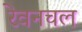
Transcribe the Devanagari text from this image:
रेवनचल